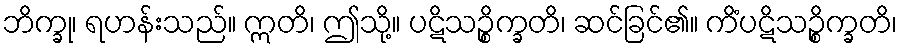
ဘိက္ခု၊ ရဟန်းသည်။ ဣတိ၊ ဤသို့။ ပဋိသဉ္စိက္ခတိ၊ ဆင်ခြင်၏။ ကိံပဋိသဉ္စိက္ခတိ၊